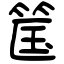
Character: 筺